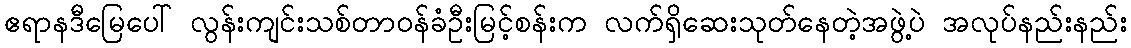
ဧရာနဒီမြေပေါ် လွန်းကျင်းသစ်တာဝန်ခံဦးမြင့်စန်းက လက်ရှိဆေးသုတ်နေတဲ့အဖွဲ့ပဲ အလုပ်နည်းနည်း